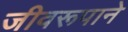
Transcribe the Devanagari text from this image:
जीवरूपाने